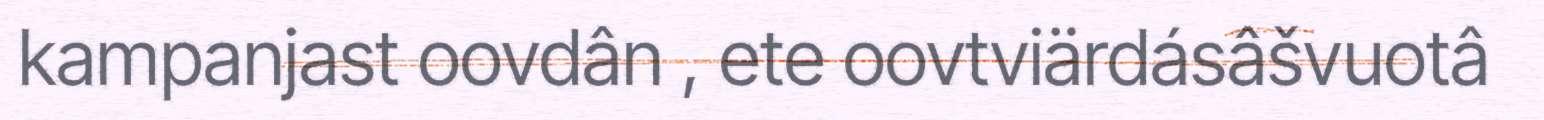
kampanjast oovdân , ete oovtviärdásâšvuotâ